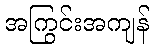
အကြွင်းအကျန်